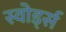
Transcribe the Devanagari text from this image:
स्वोर्ड्स